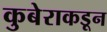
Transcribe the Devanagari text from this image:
कुबेराकडून